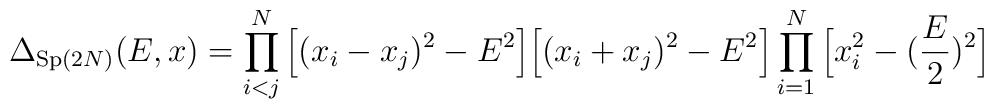
\Delta_{{\rm Sp}(2N)}(E,x)=\prod_{i<j}^N\Big[(x_i-x_j)^2-E^2\Big] \Big[(x_i+x_j)^2-E^2\Big]\prod_{i=1}^N \Big[x_i^2-(\frac{E}{2})^2 \Big]